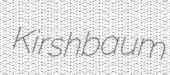
Kirshbaum